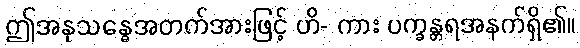
ဤအနုသန္ဓေအတက်အားဖြင့် ဟိ- ကား ပက္ခန္တရအနက်ရှိ၏။